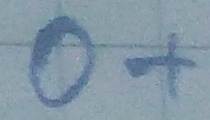
Text: O+